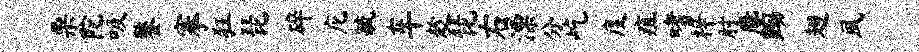
栗陀吸鏊搴狂琵碎庀毓车趁琵右漂分屹度疽嗜梓肘麈黝翅夙